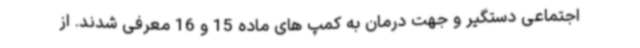
اجتماعی دستگیر و جهت درمان به کمپ های ماده 15 و 16 معرفی شدند. از